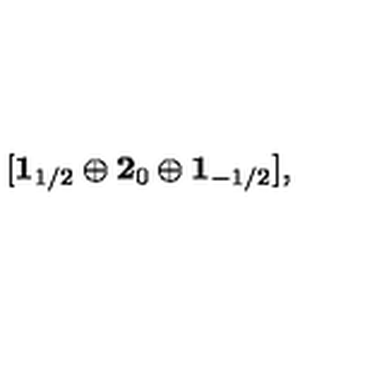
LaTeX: [ { \bf 1 } _ { 1 / 2 } \oplus { \bf 2 } _ { 0 } \oplus { \bf 1 } _ { - 1 / 2 } ] ,